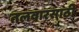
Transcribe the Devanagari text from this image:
तलवारसाठी